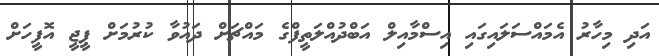
އަދި މިހާރު އެމައްސަލައިގައި އިސްމާއިލް އަބްދުއްލަތީފްގެ މައްޗަށް ދައުވާ ކުރުމަށް ޕީޖީ އޮފީހަށް